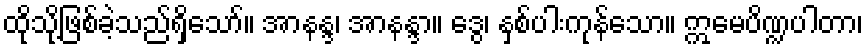
ထိုသို့ဖြစ်ခဲ့သည်ရှိသော်။ အာနန္ဒ၊ အာနန္ဒာ။ ဒွေ၊ နှစ်ပါးကုန်သော။ ဣမေပိဏ္ဍပါတာ၊